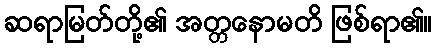
ဆရာမြတ်တို့၏ အတ္တနောမတိ ဖြစ်ရာ၏။